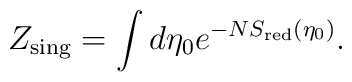
Z_{\mbox{\scriptsize sing}} = \int d\eta_0 e^{-NS_{\mbox{\tiny red}}(\eta_0)}.